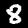
Digit: 8